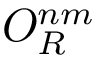
O _ { R } ^ { n m }